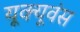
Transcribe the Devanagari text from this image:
यूक्यूवंस